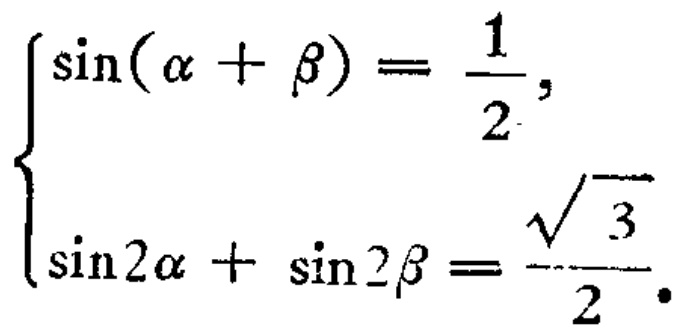
\(\begin{cases}
\sin(\alpha + \beta) = \dfrac{1}{2}, \\
\sin 2\alpha + \sin 2\beta = \dfrac{\sqrt{3}}{2}.
\end{cases}\)